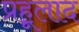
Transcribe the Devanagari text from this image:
प्रहूलाद